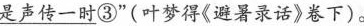
\underline{是声传一时}③”(叶梦得《避暑录话》卷下)。